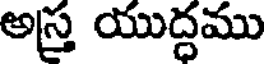
అస్త్ర యుద్ధము